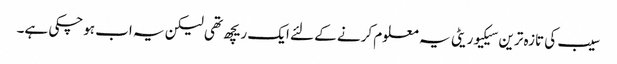
سیب کی تازہ ترین سیکیوریٹی یہ معلوم کرنے کے لئے ایک ریچھ تھی لیکن یہ اب ہوچکی ہے۔